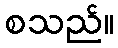
စသည်။